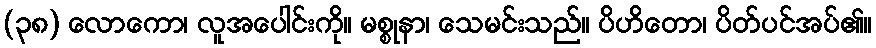
(၃၈) လောကော၊ လူအပေါင်းကို။ မစ္စုနာ၊ သေမင်းသည်။ ပိဟိတော၊ ပိတ်ပင်အပ်၏။